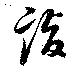
詣